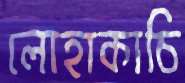
লোহাকাচি